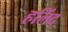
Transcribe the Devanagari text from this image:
हलिंद